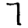
Digit: 7